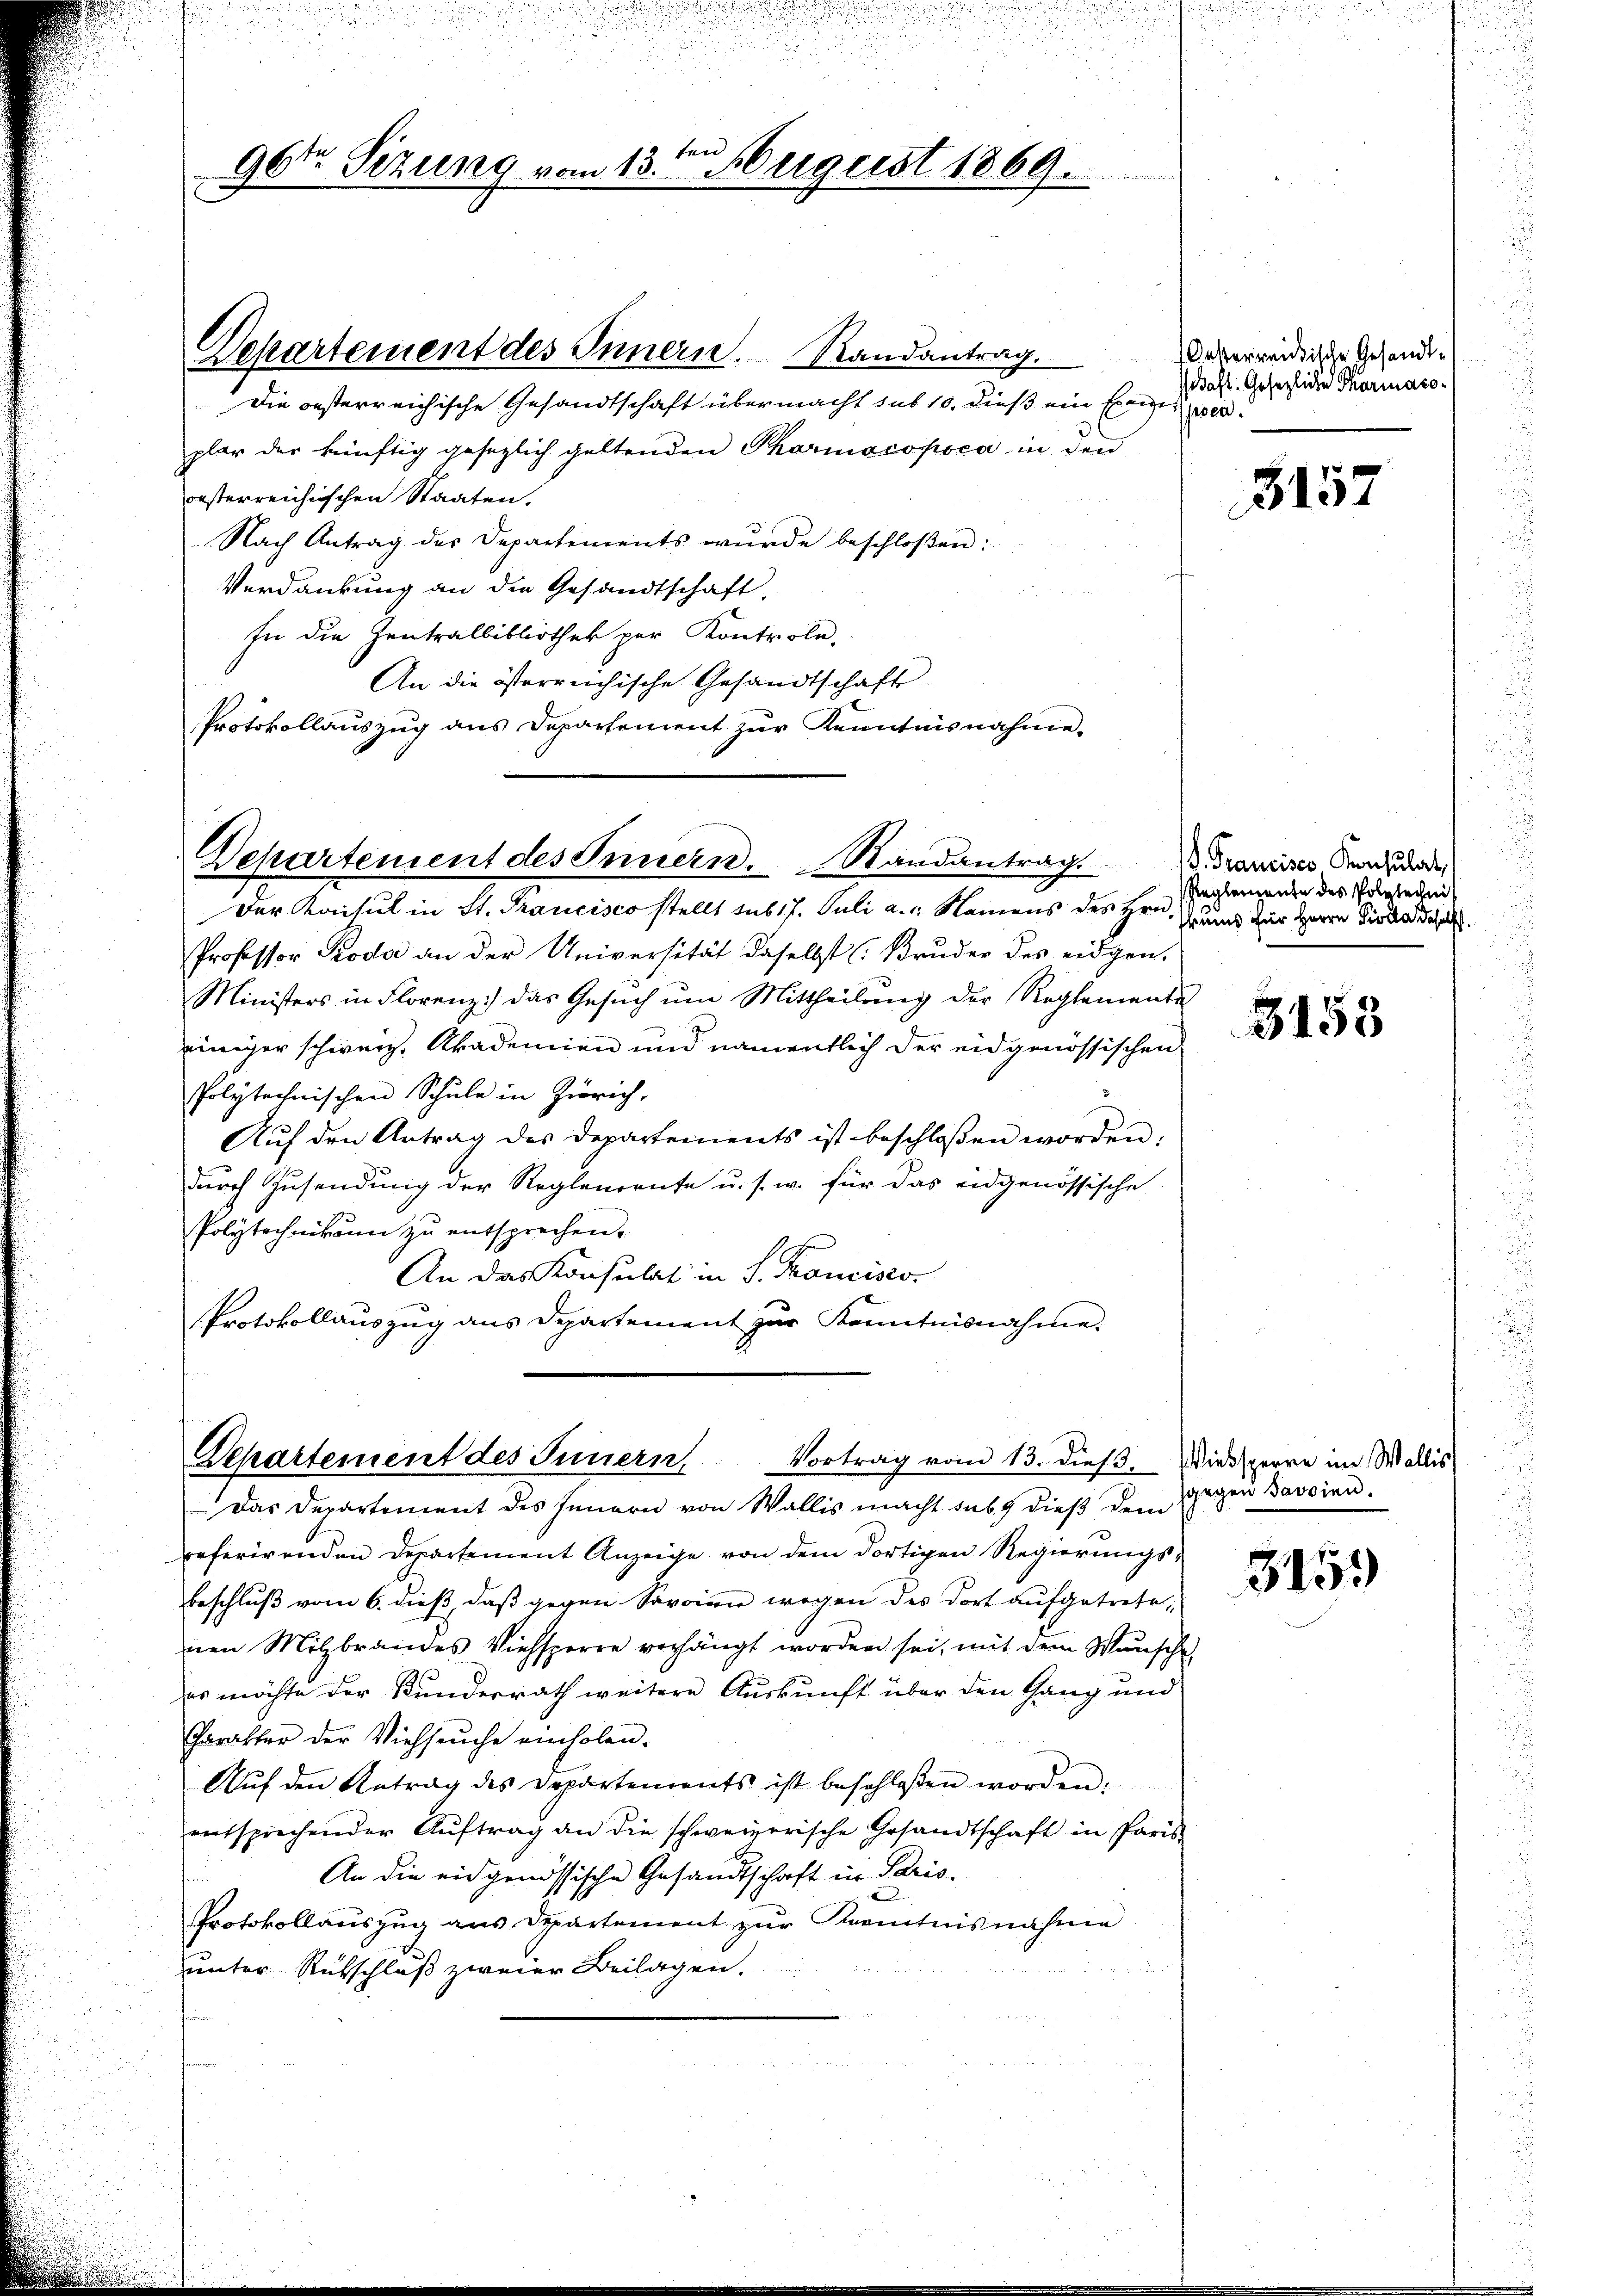
Departement des Innern. Randantrag.
Die oesterreichische Gesandtschaft übermacht sub 10. dieß ein Eben
)
plar der künftig gesezlich geltenden Pharmacopoca in den
oesterreichischen Staaten.
Nach Antrag des Departements wŭrde beschloßen:
Verdankung an die Gesandtschaft.
fü die Zentralbibliothek per Kontrole-
An die österreichische Gesandtschaft
Protokollauszug aus Departement zur Kenntnisnahme.

96ten Sizung vom 13. ten August 1869.

Departement des Innern. Randantrag.

referirenden Departement Anzeige von dem dortigen Regierungsbeschluß vom 6. dieß, daß gegen Savoinn wegen des Dort aufgetretenen Milzbrandes Viehsperre verhängt worden sei, mit dem Wunsche,
es möchte der Kundesrath weitere Auskunft über den Gang und
Charakter der Viehseuche einholen.
Aŭf den Betrag des Departements ist beschloßen worden:
entsprechender Aŭftrag an die schweizerische Gesandtschaft in Paris
An die eidgenössische Gesandtschaft in Paris.
Protokollauszug aus Departement zur Kenntnisnahme
unter Rutschluß zweier Beilagen.

Der Konsul in St. Prancisco stellt sub 17. Juli a. g. Namens des Hrn. Grund für Herrn Fiska de
Professor Pioda an der Universität daselbst (Bruder des eidgen.
Ministers in Florenz das Gesuch um Mittheilung der Reglemente
einiger schweiz. Akademien und namentlich der eidgenössischen
Polytechnischen Schule in Zürich,
Aŭf den Antrag des Departements ist beschlossen worden:
durch Zusendung der Reglenornte u. s. w. für das eidgenössische
Polytechnikum zu entsprechen.
An das Konsulat in S. Krancisco
Protokollauszug aus Departement zur Kenntnisnahme.

Departement des Innern Vortrag vom 13. dieß. Wiedsperre im Wallis
Das Departement des Innern von Wallis macht sub. 9 dieß dem

Oesterreichische Gesandtaft. Gesezliche Pharmaco¬
Ipsen.

3157

. Francisco Konsulat, s
Reglemente des Polytechni

3153

sgegen Savoien.

3159